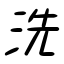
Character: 洗